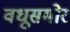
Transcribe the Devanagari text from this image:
वधूसमोर